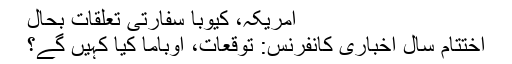
امریکہ، کیوبا سفارتی تعلقات بحال
اختتام سال اخباری کانفرنس: توقعات، اوباما کیا کہیں گے؟